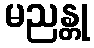
မညန္တု